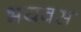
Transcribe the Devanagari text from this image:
भयवस